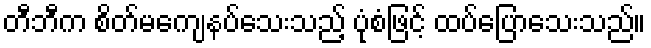
တီဘီက စိတ်မကျေနပ်သေးသည့် ပုံစံဖြင့် ထပ်ပြောသေးသည်။